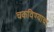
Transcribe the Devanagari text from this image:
चकविण्याचा